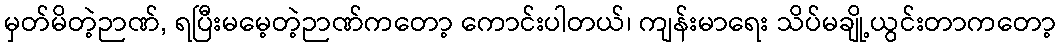
မှတ်မိတဲ့ဉာဏ်, ရပြီးမမေ့တဲ့ဉာဏ်ကတော့ ကောင်းပါတယ်၊ ကျန်းမာရေး သိပ်မချို့ယွင်းတာကတော့